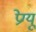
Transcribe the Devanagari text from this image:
प्रेग्यू